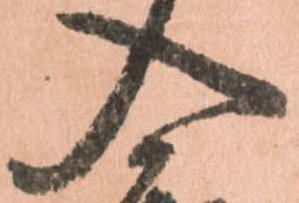
入